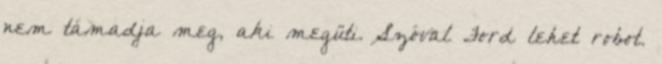
nem támadja meg, aki megüti. Szóval Ford lehet robot.